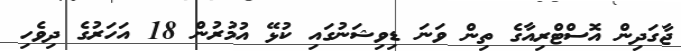
ޖާގަދިން އޮސްޓްރިއާގެ ތިން ވަނަ ޑިވިޝަނުގައި ކުޅޭ އުމުރުން 18 އަހަރުގެ ދިވެހި